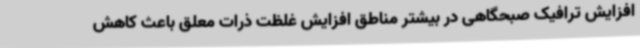
افزایش ترافیک صبحگاهی در بیشتر مناطق افزایش غلظت ذرات معلق باعث کاهش